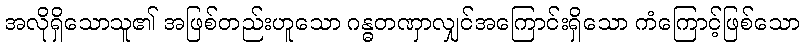
အလိုရှိသောသူ၏ အဖြစ်တည်းဟူသော ဂန္ဓတဏှာလျှင်အကြောင်းရှိသော ကံကြောင့်ဖြစ်သော